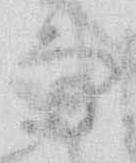
な